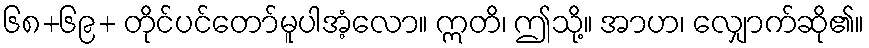
၆၈+၆၉+ တိုင်ပင်တော်မူပါအံ့လော။ ဣတိ၊ ဤသို့။ အာဟ၊ လျှောက်ဆို၏။